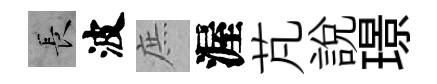
长波庶渥芃説璟